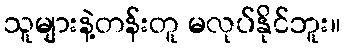
သူများနဲ့တန်းတူ မလုပ်နိုင်ဘူး။